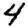
Digit: 4